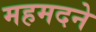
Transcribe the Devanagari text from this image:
महमदने